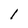
Character: l